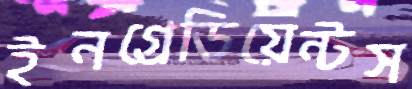
ইনগ্রেডিয়েন্টস